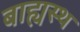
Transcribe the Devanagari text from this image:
बाह्यस्थ